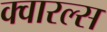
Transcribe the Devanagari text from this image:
क्वारल्स